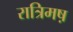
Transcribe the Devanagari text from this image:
रात्रिमष़